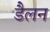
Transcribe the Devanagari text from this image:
डैलन